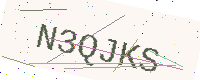
Text: N3QJKS